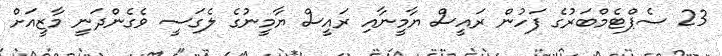
23 ސެޕްޓެމްބަރުގެ ފަހުން ރައީސް ޔާމީނާއި ރައީސް ޔާމީނުގެ ލެގަސީ ވެގެންދަނީ މާޒީއަށް